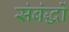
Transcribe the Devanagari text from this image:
संबंद्धों